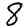
Digit: 8